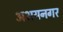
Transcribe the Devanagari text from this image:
अभयनगर